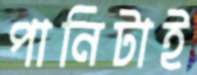
পানিটাই